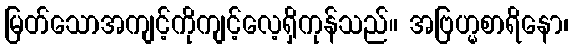
မြတ်သောအကျင့်ကိုကျင့်လေ့ရှိကုန်သည်။ အဗြဟ္မစာရိနော၊